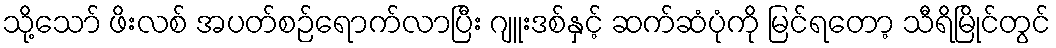
သို့သော် ဖိးလစ် အပတ်စဉ်ရောက်လာပြီး ဂျူးဒစ်နှင့် ဆက်ဆံပုံကို မြင်ရတော့ သီရိမြိုင်တွင်